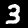
Digit: 3